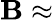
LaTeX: \mathbf{B}\approx